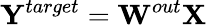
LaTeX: {\mathbf Y}^{target}={\mathbf W}^{out}{\mathbf X}